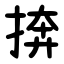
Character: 捹